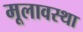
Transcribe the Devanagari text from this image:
मूलावस्था